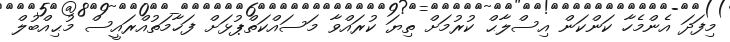
މިފަދަ އެންމެހާ ކަންކަން އިސްލާޙް ކުރުމަށް ތިޔަ ކުރައްވާ މަސައްކަތްޕުޅަށް ފަޚާމަތުއްރައީސް މުޙިއްބުލް